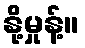
နို့မှုန့်။